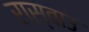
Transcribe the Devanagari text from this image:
रास्वाउ